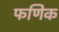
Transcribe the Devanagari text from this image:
फणिक